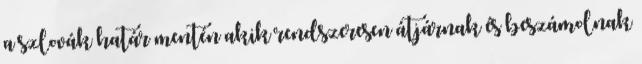
a szlovák határ mentén akik rendszeresen átjárnak és beszámolnak